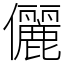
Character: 儷